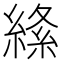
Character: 𦃡